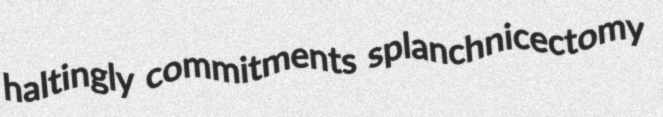
haltingly commitments splanchnicectomy